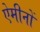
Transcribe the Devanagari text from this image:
ऐमीनों